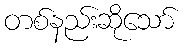
တစ်နည်းဆိုသော်